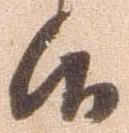
候